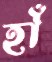
হাঁ